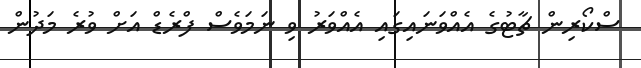
ސްކޯރިން ޗާޓުގެ އެއްވަނައިގައި އެއްވަރު ވި ނަމަވެސް ފްރެޑް އަށް ވުރެ މަދުން